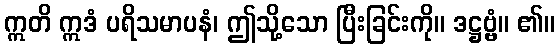
ဣတိ ဣဒံ ပရိသမာပနံ၊ ဤသို့သော ပြီးခြင်းကို။ ဒဋ္ဌဗ္ဗံ။ ၏။